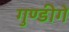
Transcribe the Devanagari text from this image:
गुण्डीगे